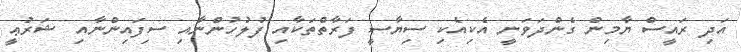
އަދި ރައީސް ޔާމިން ގެންދަވަނީ އެކިއެކި ސިޔާސީ ފަރާތްތަކާއި ފުލުހުންނާއި ސިފައިންނާއި ޝަރުޢީ